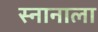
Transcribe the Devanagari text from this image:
स्नानाला